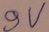
Text: 9V